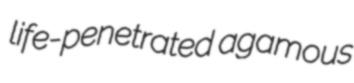
life-penetrated agamous